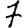
Digit: 7